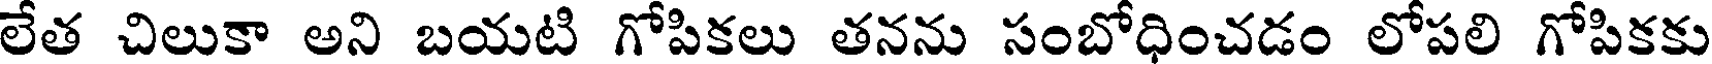
లేత చిలుకా అని బయటి గోపికలు తనను సంబోధించడం లోపలి గోపికకు